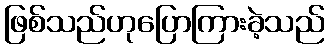
ဖြစ်သည်ဟုပြောကြားခဲ့သည်